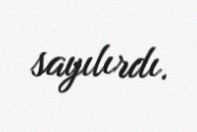
sayılırdı.